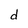
Character: d